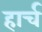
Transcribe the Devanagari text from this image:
हार्च